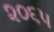
૨૦૬૫